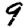
Digit: 9